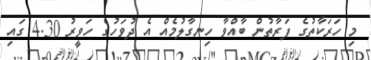
މި ހަރަކާތުގެ ފަރާތުން ބާއްވާ ހިނގާލުމެއް އެ ދުވަހުގެ ހަވީރު 4.30 ގައި